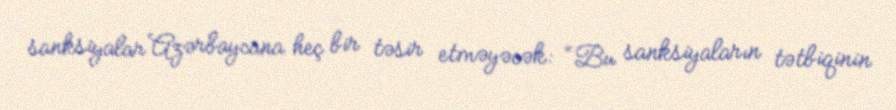
sanksiyalar Azərbaycana heç bir təsir etməyəcək: “Bu sanksiyaların tətbiqinin